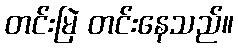
တင်းမြဲ တင်းနေသည်။